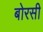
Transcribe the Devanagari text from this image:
बोरसी